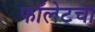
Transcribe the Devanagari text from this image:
फॉलेटचा